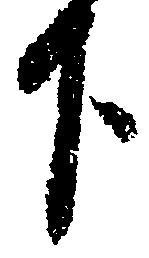
下